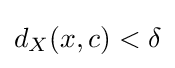
d_{X}(x,c)<\delta